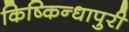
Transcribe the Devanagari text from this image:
किष्किन्धापुरी